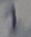
Text: 1